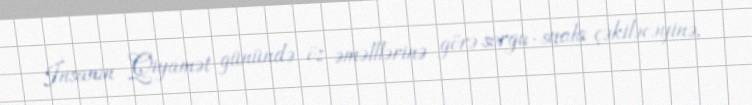
İnsanın Qiyamət günündə öz əməlllərinə görə sorgu-suala çəkiləcəyinə,